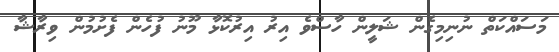
މަސައްކަތް ނުނިމިގެން ޝަލީން ހާސްވެ އިރު އިރުކޮޅާ މޫނު ފުހެން ފެށުމުން ވިރާޝާ